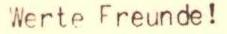
Werte Freunde!